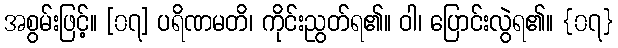
အစွမ်းဖြင့်။ [၀၇] ပရိဏမတိ၊ ကိုင်းညွတ်ရ၏။ ဝါ၊ ပြောင်းလွဲရ၏။ {၀၇}